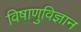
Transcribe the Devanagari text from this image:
विषाणुविज्ञान